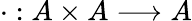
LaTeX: \cdot:A\times A\longrightarrow A